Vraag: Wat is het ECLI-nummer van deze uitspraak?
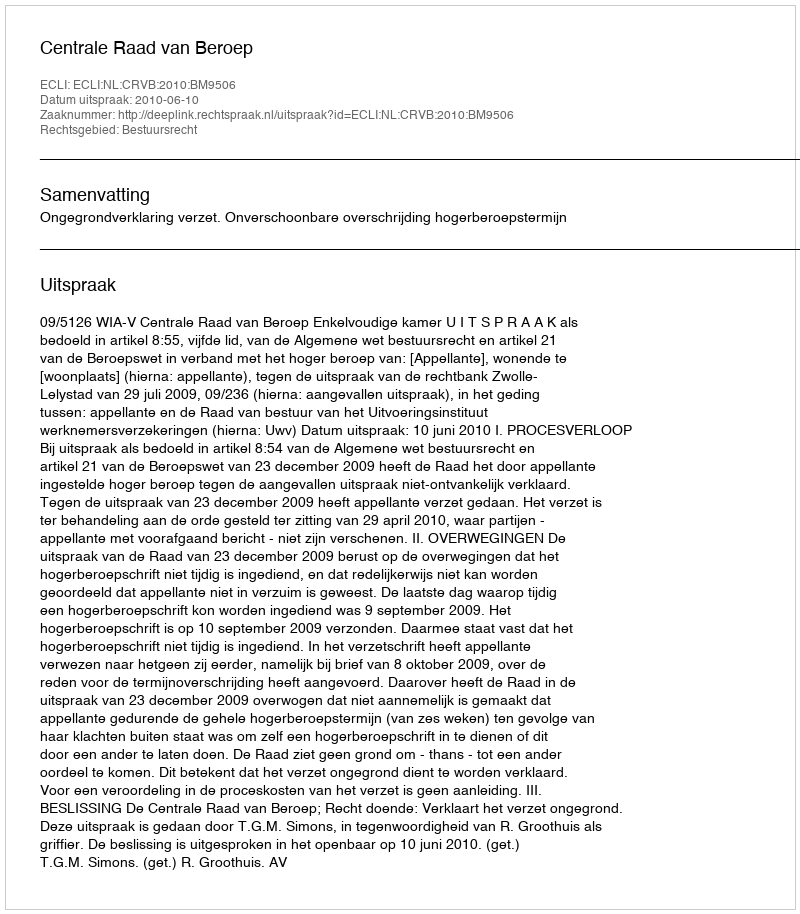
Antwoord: ECLI:NL:CRVB:2010:BM9506